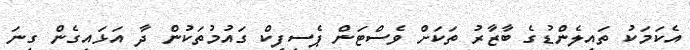
އެކަމަކު ތައިލެންޑުގެ ބާޒާރު ތަކަށް ވެސްޓަން ޕެސިފިކް ގައުމުތަކުން ދާ އަޅައިގެން ގިނަ